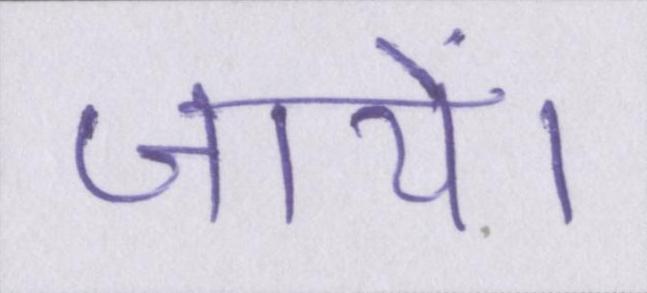
जायें।